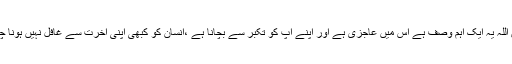
سبحان اللہ یہ ایک اہم وصف ہے اس میں عاجزی ہے اور اپنے آپ کو تکبر سے بچانا ہے ،انسان کو کبھی اپنی آخرت سے غافل نہیں ہونا چاہیے ۔